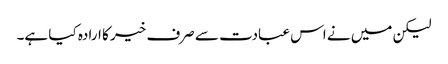
لیکن میں نے اس عبادت سے صرف خیر کا ارادہ کیا ہے۔